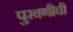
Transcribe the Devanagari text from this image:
पुरवणीची